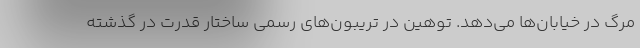
مرگ در خیابان‌ها می‌دهد. توهین در تریبون‌های رسمی ساختار قدرت در گذشته